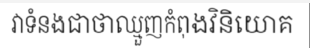
វាទំនងជាថាឈ្មួញកំពុងវិនិយោគ